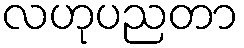
လဟုပညတာ